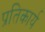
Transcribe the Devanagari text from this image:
प्रतिकार्य